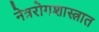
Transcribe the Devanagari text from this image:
नेत्ररोगशास्त्रात